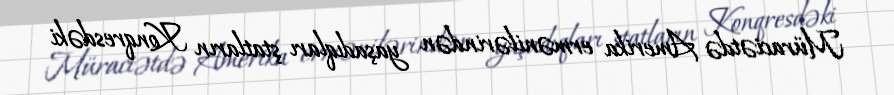
Müraciətdə Amerika ermənilərindən yaşadıqları ştatların Konqresdəki